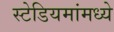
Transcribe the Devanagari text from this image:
स्टेडियमांमध्ये